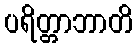
ပရိတ္တာဘာတိ